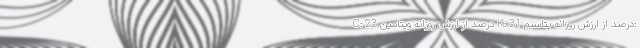
C: 23 درصد از ارزش روزانه ویتامین K: 31 درصد از ارزش روزانه پتاسیم: